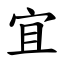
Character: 宜